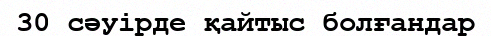
30 сәуірде қайтыс болғандар